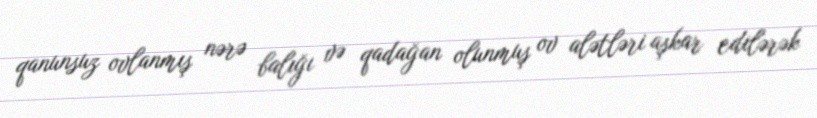
qanunsuz ovlanmış nərə balığı və qadağan olunmuş ov alətləri aşkar edilərək